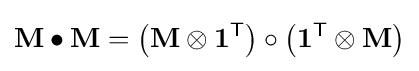
\mathbf {M} \bullet \mathbf {M} =\left(\mathbf {M} \otimes \mathbf {1} ^{\textsf {T}}\right)\circ \left(\mathbf {1} ^{\textsf {T}}\otimes \mathbf {M} \right)